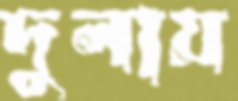
দুলায়